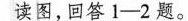
读图，回答1-2题。